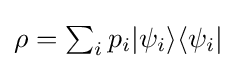
{\textstyle \rho =\sum _{i}p_{i}|\psi _{i}\rangle \langle \psi _{i}|}